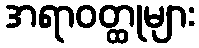
အရာဝတ္ထုများ